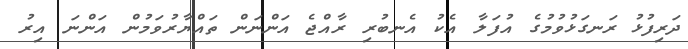
ދަރިފުޅު ރަނގަޅުވުމުގެ އުފަލާ އެކު އެނބުރި ރާއްޖެ އަންނަން ތައްޔާރުވަމުން އަންނަ އިރު